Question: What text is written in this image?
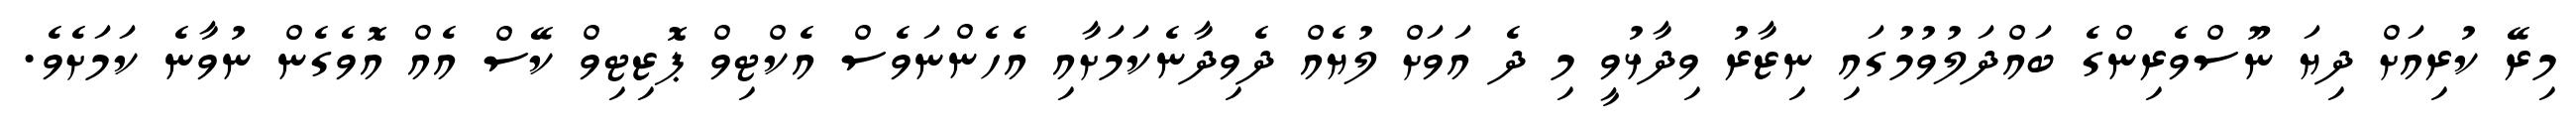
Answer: މިރޭ ކުރިއަށް ދިޔަ ނޫސްވެރިންގެ ބައްދަލުވުމުގައި ނިޒާރު ވިދާޅުވީ މި ދެ އަވަށް ލުޔެއް ދެވިދާނެކަމަށާއި އެހެންނަވެސް އެކްޓިވް ޕޮޒިޓިވް ކޭސް އެއް އޮވެގެން ނުވާނެ ކަމަށެވެ.